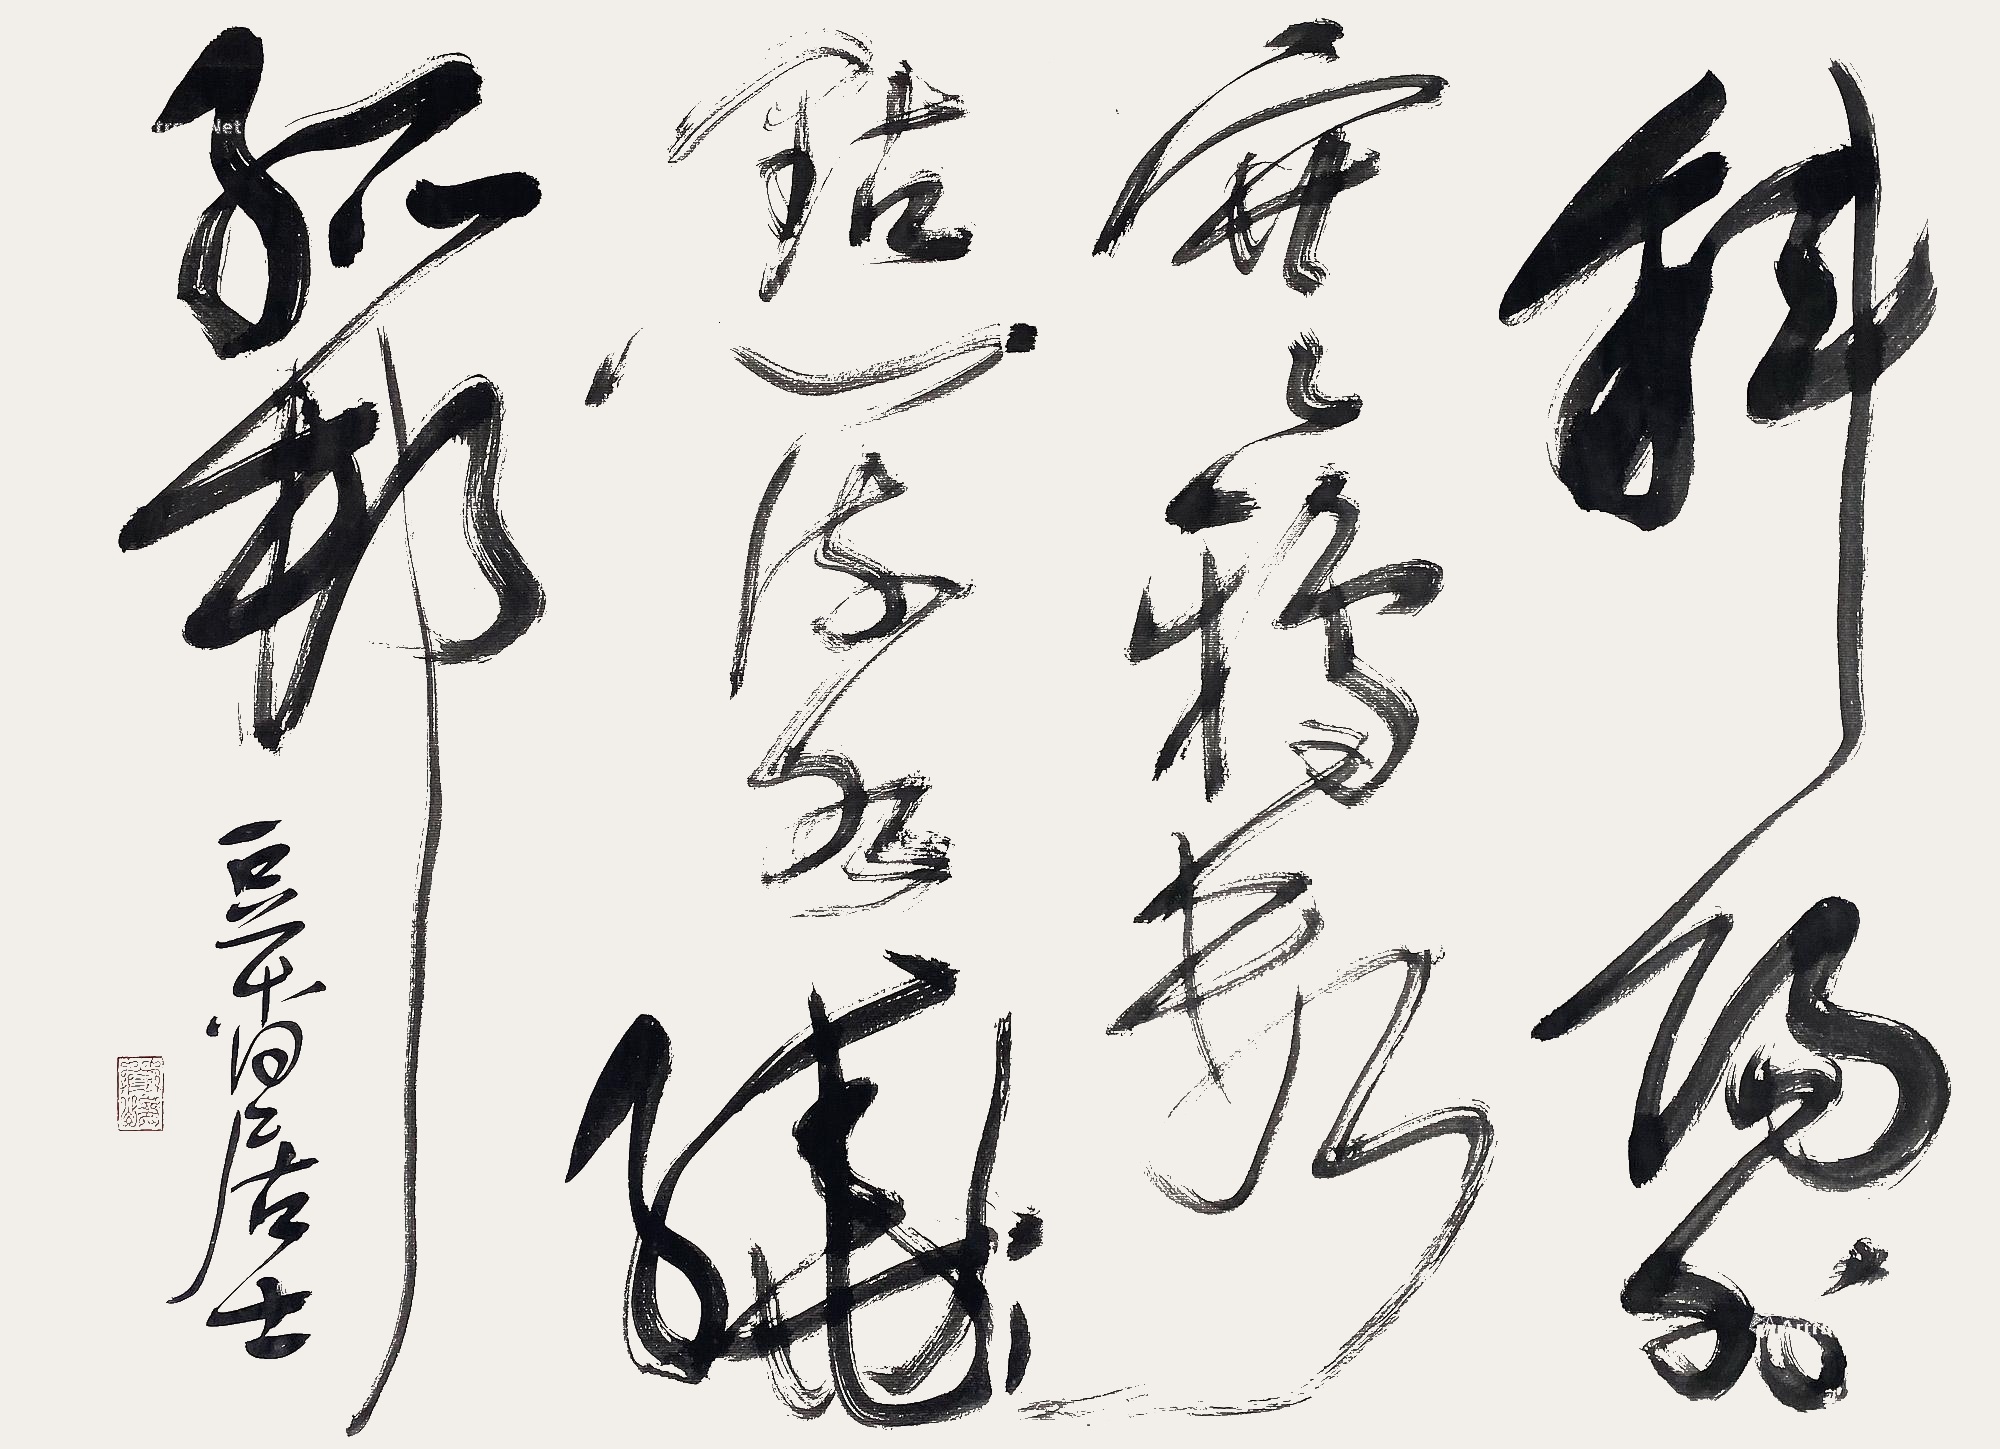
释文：斜阳外，寒鸦万点，流水绕孤村。管峻（朱）